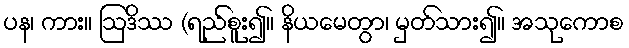
ပန၊ ကား။ ဩဒိဿ (ရည်စူး၍။ နိယမေတွာ၊ မှတ်သား၍။ အသုကောစ